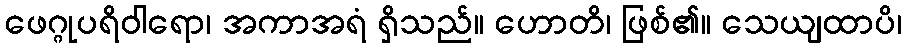
ဖေဂ္ဂုပရိဝါရော၊ အကာအရံ ရှိသည်။ ဟောတိ၊ ဖြစ်၏။ သေယျထာပိ၊